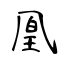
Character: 凰